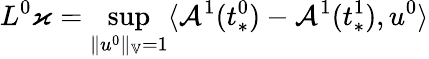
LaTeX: L^{0}\varkappa=\operatorname*{sup}_{\| u^{0}\| _{\mathbb{V}}=1}\langle\mathcal{A}^{1}(t_{*}^{0})-\mathcal{A}^{1}(t_{*}^{1}),u^{0}\rangle